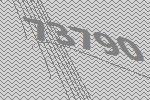
73790